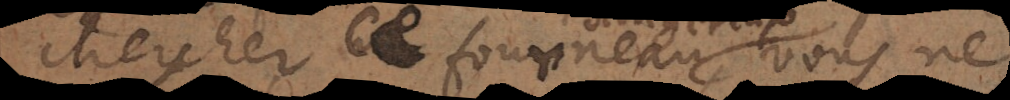
chercher ce fourneau, vous ne